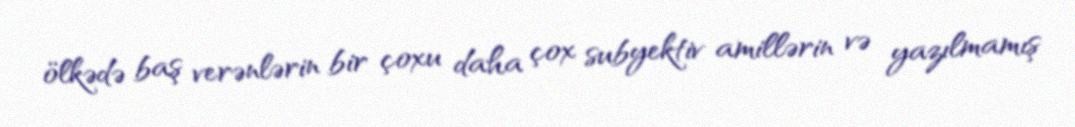
ölkədə baş verənlərin bir çoxu daha çox subyektiv amillərin və yazılmamış